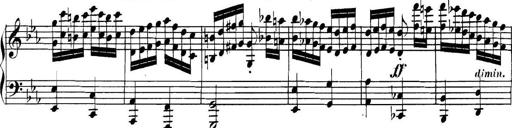
Title: Collected Piano Sonatas
Composer: Muzio Clementi